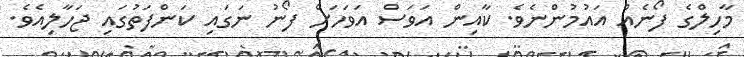
މާހިލްގެ ފޯނެއް އައުމުންނެވެ. ކާއިން އަވަސް އަވަހަށް ފޯނު ނަގައި ކަންފަތުގައި ޖަހާލިއެވެ.